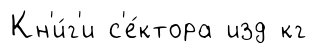
Кн'и́г'и с'е́ктора изд кг